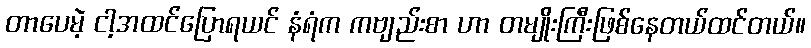
တာပေမဲ့ ငါ့အထင်ပြောရယင် နံရံက ကဗျည်းစာ ဟာ တမျိုးကြီးဖြစ်နေတယ်ထင်တယ်။